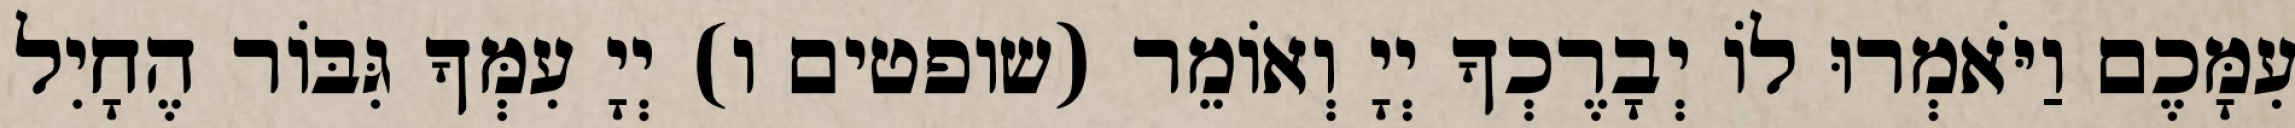
עִמָּכֶם וַיֹּאמְרוּ לוֹ יְבָרֶכְךָ יְיָ וְאוֹמֵר (שופטים ו) יְיָ עִמְּךָ גִּבּוֹר הֶחָיִל